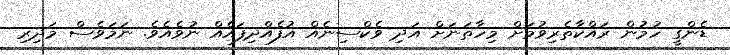
ޑެންގީ ހުމުން ރައްކާތެރިވުމަށް މިހާތަނަށް އަދި ވެކްސިނެއް އުފެއްދިފައެއް ނުވެއެވެ. ނަމަވެެސް މަދިރި